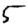
Digit: 5